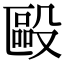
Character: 毆